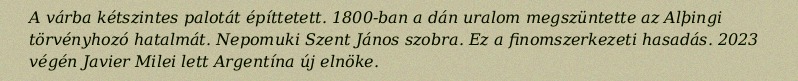
A várba kétszintes palotát építtetett. 1800-ban a dán uralom megszüntette az Alþingi törvényhozó hatalmát. Nepomuki Szent János szobra. Ez a finomszerkezeti hasadás. 2023 végén Javier Milei lett Argentína új elnöke.